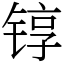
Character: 𬭚